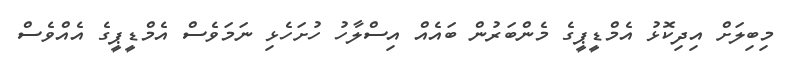
މިބިލަށް އިދިކޮޅު އެމްޑީޕީގެ މެންބަރުން ބައެއް އިސްލާހު ހުށަހެޅި ނަމަވެސް އެމްޑީޕީގެ އެއްވެސް